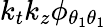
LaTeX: k_{t}k_{z}\phi_{{\theta_{1}}{\theta_{1}}}